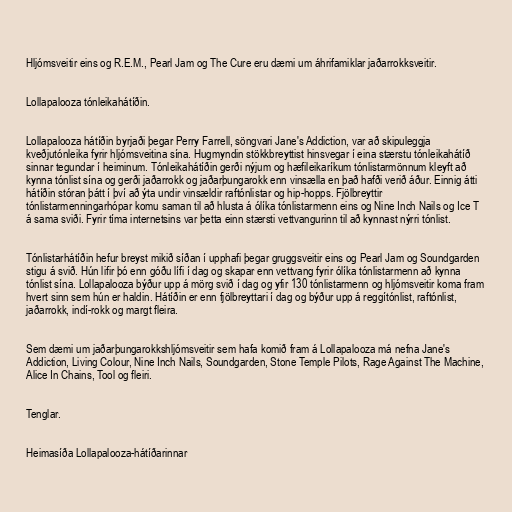
Hljómsveitir eins og R.E.M., Pearl Jam og The Cure eru dæmi um áhrifamiklar jaðarrokksveitir.

Lollapalooza tónleikahátíðin.

Lollapalooza hátíðin byrjaði þegar Perry Farrell, söngvari Jane's Addiction, var að skipuleggja
kveðjutónleika fyrir hljómsveitina sína. Hugmyndin stökkbreyttist hinsvegar í eina stærstu tónleikahátíð
sinnar tegundar í heiminum. Tónleikahátíðin gerði nýjum og hæfileikaríkum tónlistarmönnum kleyft að
kynna tónlist sína og gerði jaðarrokk og jaðarþungarokk enn vinsælla en það hafði verið áður. Einnig átti
hátíðin stóran þátt í því að ýta undir vinsældir raftónlistar og hip-hopps. Fjölbreyttir
tónlistarmenningarhópar komu saman til að hlusta á ólíka tónlistarmenn eins og Nine Inch Nails og Ice T
á sama sviði. Fyrir tíma internetsins var þetta einn stærsti vettvangurinn til að kynnast nýrri tónlist.

Tónlistarhátíðin hefur breyst mikið síðan í upphafi þegar gruggsveitir eins og Pearl Jam og Soundgarden
stigu á svið. Hún lifir þó enn góðu lífi í dag og skapar enn vettvang fyrir ólíka tónlistarmenn að kynna
tónlist sína. Lollapalooza býður upp á mörg svið í dag og yfir 130 tónlistarmenn og hljómsveitir koma fram
hvert sinn sem hún er haldin. Hátíðin er enn fjölbreyttari í dag og býður upp á reggítónlist, raftónlist,
jaðarrokk, indí-rokk og margt fleira.

Sem dæmi um jaðarþungarokkshljómsveitir sem hafa komið fram á Lollapalooza má nefna Jane's
Addiction, Living Colour, Nine Inch Nails, Soundgarden, Stone Temple Pilots, Rage Against The Machine,
Alice In Chains, Tool og fleiri.

Tenglar.

Heimasíða Lollapalooza-hátíðarinnar